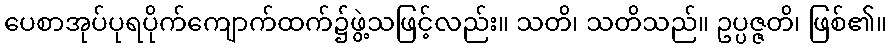
ပေစာအုပ်ပုရပိုက်ကျောက်ထက်၌ဖွဲ့သဖြင့်လည်း။ သတိ၊ သတိသည်။ ဥပ္ပဇ္ဇတိ၊ ဖြစ်၏။